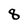
Character: 8